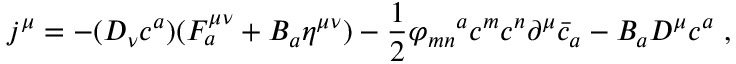
j ^ { \mu } = - ( D _ { \nu } c ^ { a } ) ( F _ { a } ^ { \mu \nu } + B _ { a } \eta ^ { \mu \nu } ) - \frac { 1 } { 2 } { \varphi _ { m n } } ^ { a } c ^ { m } c ^ { n } \partial ^ { \mu } { \bar { c } } _ { a } - B _ { a } D ^ { \mu } c ^ { a } ~ ,